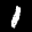
Label: 1